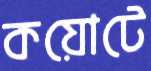
কয়োটে